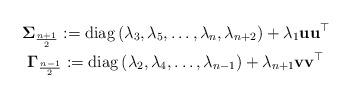
LaTeX: \begin{gather*}\boldsymbol{\Sigma}_{\frac{n+1}{2}} := \mathrm{diag} \left(\lambda_{3},\lambda_{5},\ldots,\lambda_{n}, \lambda_{n+2} \right) + \lambda_{1} \mathbf{u} \mathbf{u}^{\top} \\\boldsymbol{\Gamma}_{\frac{n-1}{2}} := \mathrm{diag} \left(\lambda_{2},\lambda_{4},\ldots,\lambda_{n-1} \right) + \lambda_{n+1} \mathbf{v} \mathbf{v}^{\top}\end{gather*}